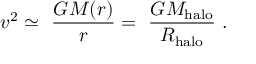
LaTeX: v ^ { 2 } \simeq \ \frac { G M ( r ) } { r } = \ \frac { G M _ { \mathrm { h a l o } } } { R _ { \mathrm { h a l o } } } \ .